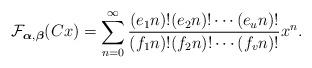
LaTeX: \begin{align*} \mathcal{F}_{\boldsymbol{\alpha},\boldsymbol{\beta}}(Cx) = \sum_{n=0}^\infty \frac{(e_1 n)!(e_2 n)!\cdots (e_u n)!}{(f_1 n)!(f_2 n)!\cdots (f_v n)!} x^n.\end{align*}